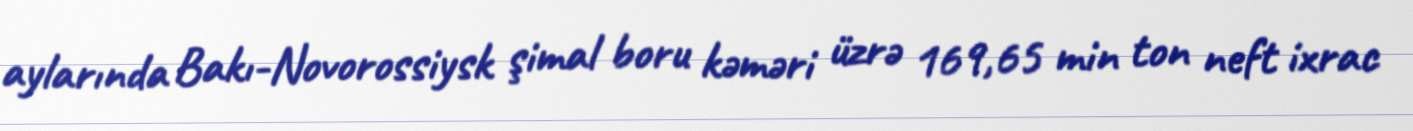
aylarında Bakı-Novorossiysk şimal boru kəməri üzrə 169,65 min ton neft ixrac